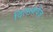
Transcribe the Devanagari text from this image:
दिलआवेज़